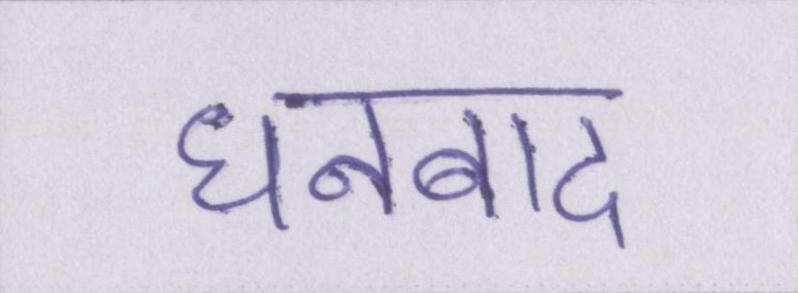
धनबाद